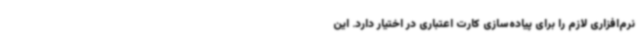
نرم‌افزاری لازم را برای پیاده‌سازی کارت‌ اعتباری در اختیار دارد. این